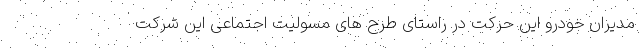
مدیران خودرو این حرکت در راستای طرح های مسٔولیت اجتماعی این شرکت